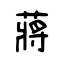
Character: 蔣